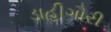
ડાહીગૌરી